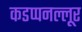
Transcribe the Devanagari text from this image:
कडप्पनल्लूर